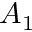
A _ { 1 }